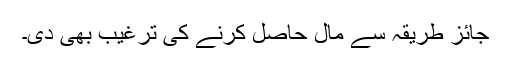
جائز طریقہ سے مال حاصل کرنے کی ترغیب بھی دی۔